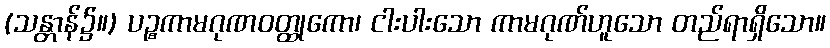
(သန္တာန်၌။) ပဉ္စကာမဂုဏဝတ္ထုကော၊ ငါးပါးသော ကာမဂုဏ်ဟူသော တည်ရာရှိသော။